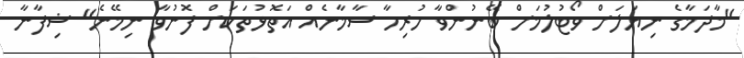
"މާދަމާގެ ނިޔަލަށް ވޯޓުލުމަށް ބޭނުންވާ ހުރިހާ ސާމާނެއް އަތޮޅުތަކަށް ފޮނުވާ ނިމޭނެ" ޝިފާނާ